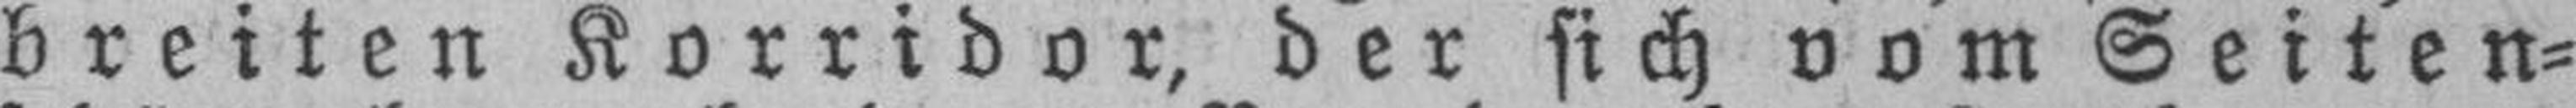
breiten Korridor, der sich vom Seiten¬